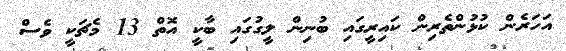
އަހަރެން ކުޅުންތެރިން ކައިރީގައި ބުނިން ލީގުގައި ބާކީ އޮތް 13 މެޗަކީ ވެސް